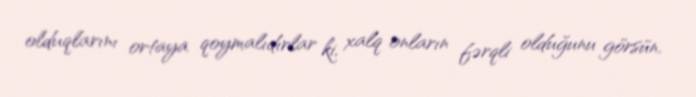
olduqlarını ortaya qoymalıdırlar ki, xalq onların fərqli olduğunu görsün.